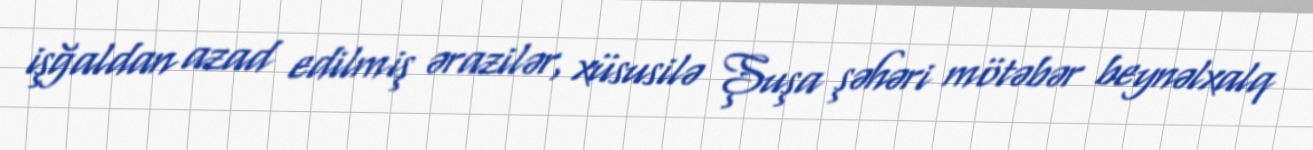
işğaldan azad edilmiş ərazilər, xüsusilə Şuşa şəhəri mötəbər beynəlxalq